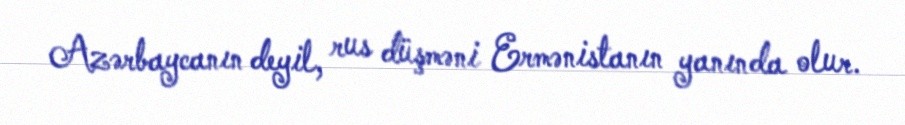
Azərbaycanın deyil, rus düşməni Ermənistanın yanında olur.